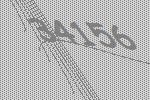
34156